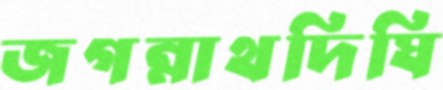
জগন্নাথদিঘি